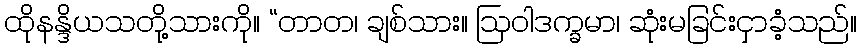
ထိုနန္ဒိယသတို့သားကို။ “တာတ၊ ချစ်သား။ ဩဝါဒက္ခမာ၊ ဆုံးမခြင်းငှာခံ့သည်။